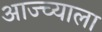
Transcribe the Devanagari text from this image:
आज्च्याला